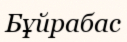
Бұйрабас